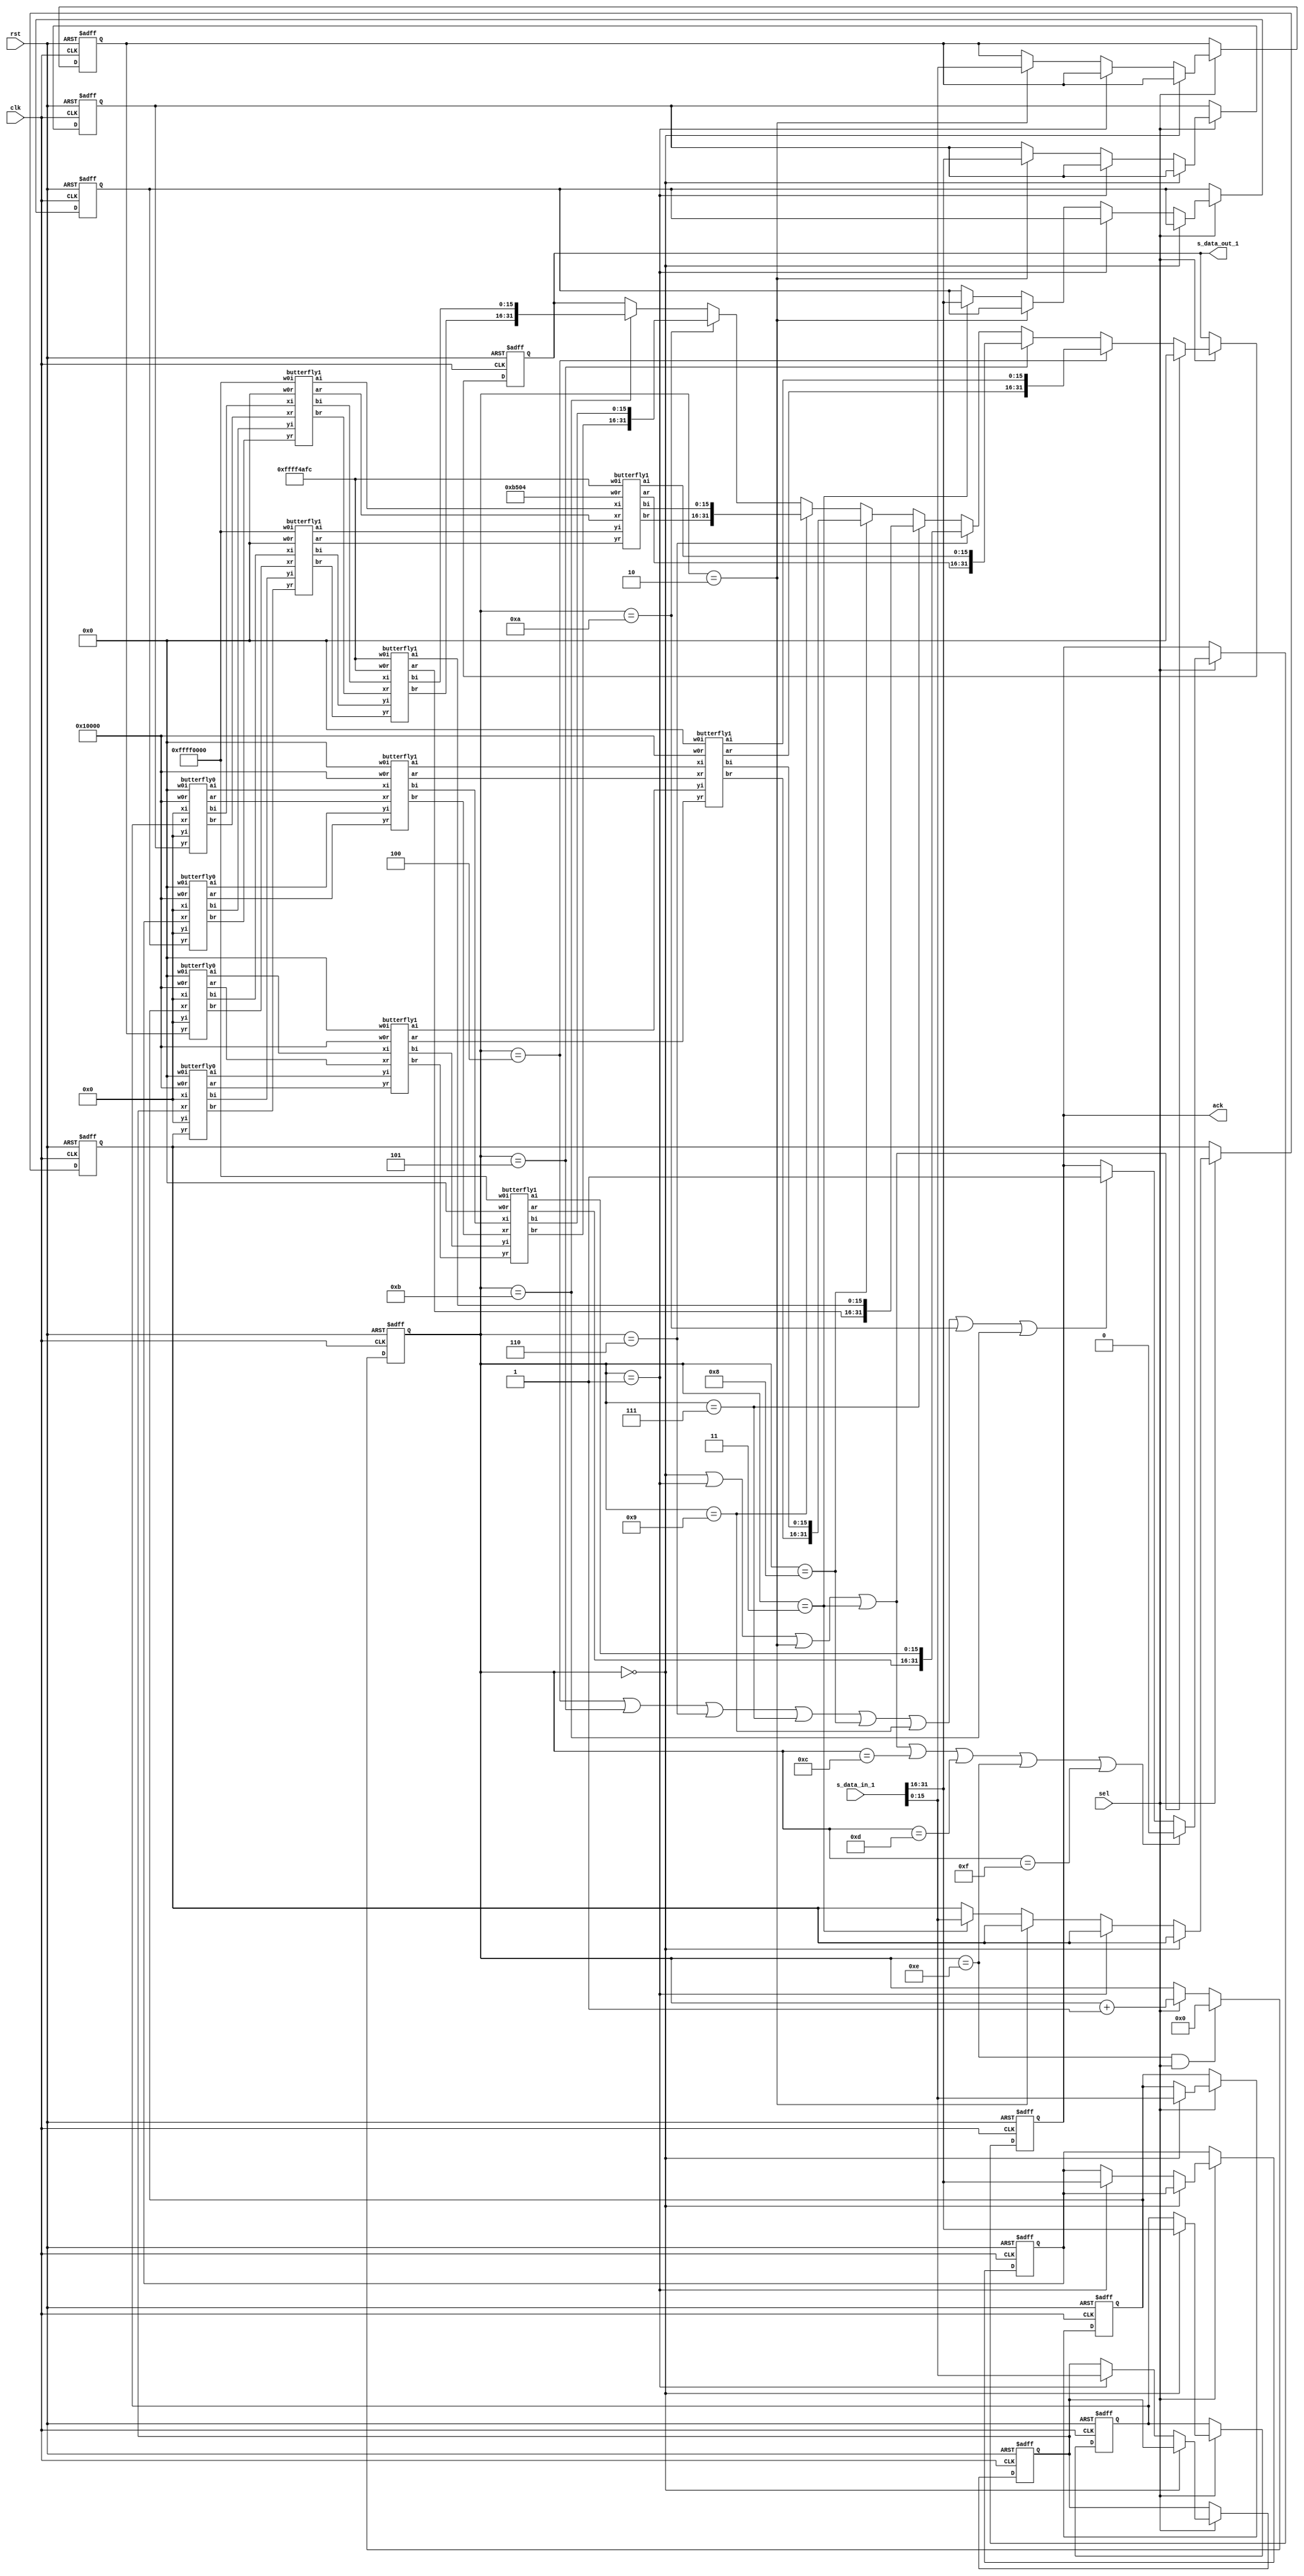
module slave_1(	clk,
				rst,
				sel,
				s_data_in_1,
				ack,
				s_data_out_1
				);

//---Input & output Port---//

input		clk;
input		rst;
input		sel;
input	[31:0]	s_data_in_1;
output		ack;
output 	[31:0] 	s_data_out_1;

///////////////
// parameter //
///////////////
parameter signed W0_I = 32'h00000000;  
parameter signed W1_I = 32'hFFFF4AFC;  
parameter signed W2_I = 32'hFFFF0000;  
parameter signed W3_I = 32'hFFFF4AFC;  
parameter signed W0_R = 32'h00010000; 
parameter signed W1_R = 32'h0000B504; 
parameter signed W2_R = 32'h00000000; 
parameter signed W3_R = 32'hFFFF4AFC; 

//---- Your design code---//
reg ack = 0; reg [31:0] s_data_out_1 = 32'd0 ;

reg [3:0] counter ;

reg    signed   [15:0]  reg_data0  , reg_data1 , reg_data2 , reg_data3  , reg_data4  , reg_data5  , reg_data6  , reg_data7  ;
wire   signed   [15:0] j0r , j1r , j2r , j3r , j4r , j5r , j6r , j7r ;
wire   signed   [15:0] j0i , j1i , j2i , j3i , j4i , j5i , j6i , j7i ;
wire   signed   [15:0] k0r , k1r , k2r , k3r , k4r , k5r , k6r , k7r ;
wire   signed   [15:0] k0i , k1i , k2i , k3i , k4i , k5i , k6i , k7i ;
wire   signed   [15:0] m0r , m1r , m2r , m3r , m4r , m5r , m6r , m7r ;
wire   signed   [15:0] m0i , m1i , m2i , m3i , m4i , m5i , m6i , m7i ;
reg    signed   [31:0] reg_fft0 = 32'd0 , reg_fft1 = 32'd0 , reg_fft2 = 32'd0 , reg_fft3 = 32'd0 , reg_fft4 = 32'd0 , reg_fft5 = 32'd0 , reg_fft6 = 32'd0 , reg_fft7 = 32'd0 ; 


	butterfly0 shit0(j0r,j0i,j1r,j1i,reg_data0,16'd0,reg_data4,16'd0,W0_R,W0_I);
	butterfly0 shit1(j2r,j2i,j3r,j3i,reg_data2,16'd0,reg_data6,16'd0,W0_R,W0_I);
	butterfly0 shit2(j4r,j4i,j5r,j5i,reg_data1,16'd0,reg_data5,16'd0,W0_R,W0_I);
	butterfly0 shit3(j6r,j6i,j7r,j7i,reg_data3,16'd0,reg_data7,16'd0,W0_R,W0_I);	

	butterfly1 pig0(k0r,k0i,k2r,k2i,j0r,j0i,j2r,j2i,W0_R,W0_I);
	butterfly1 pig1(k1r,k1i,k3r,k3i,j1r,j1i,j3r,j3i,W2_R,W2_I);
	butterfly1 pig2(k4r,k4i,k6r,k6i,j4r,j4i,j6r,j6i,W0_R,W0_I);
	butterfly1 pig3(k5r,k5i,k7r,k7i,j5r,j5i,j7r,j7i,W2_R,W2_I);

	butterfly1 kiwi0(m0r,m0i,m4r,m4i,k0r,k0i,k4r,k4i,W0_R,W0_I);
	butterfly1 kiwi1(m1r,m1i,m5r,m5i,k1r,k1i,k5r,k5i,W1_R,W1_I);
	butterfly1 kiwi2(m2r,m2i,m6r,m6i,k2r,k2i,k6r,k6i,W2_R,W2_I);
	butterfly1 kiwi3(m3r,m3i,m7r,m7i,k3r,k3i,k7r,k7i,W3_R,W3_I);

always@(posedge clk or posedge rst)
begin	
	if(rst)
		counter <= 4'd0;
	else if (counter == 4'd14 && sel==1)
		counter <= 4'd0;
	else if (sel==1)
		counter <= counter + 1 ;
end

always@(posedge clk or posedge rst)
begin

	if (rst)
		ack <= 0 ;
	else if (sel)
	begin
	if (counter==4'd0 || counter==4'd1 || counter==4'd2 || counter==4'd3 || counter==4'd12 || counter==4'd13 || counter==4'd14 || counter==4'd15)
		ack <= 0 ;
	else if (counter==4'd4 || counter==4'd5 || counter==4'd6 || counter==4'd7 || counter==4'd8 || counter==4'd9 || counter==4'd10 || counter==4'd11 )
		ack <= 1 ;
	end
end

always@(posedge clk or posedge rst)
begin

	if(rst)
		s_data_out_1 <= 32'd0 ;
	else if(sel)
	begin
	if (counter==4'd0 || counter==4'd1 || counter==4'd2 || counter==4'd3)
		s_data_out_1 <= 32'd0 ;
	else if (counter == 4'd4)
		s_data_out_1 <= reg_fft0 ;
	else if (counter == 4'd5)
		s_data_out_1 <= reg_fft1 ;	
	else if (counter == 4'd6)
		s_data_out_1 <= reg_fft2 ;
	else if (counter == 4'd7)
		s_data_out_1 <= reg_fft3 ;
	else if (counter == 4'd8)
		s_data_out_1 <= reg_fft4 ;
	else if (counter == 4'd9)
		s_data_out_1 <= reg_fft5 ;
	else if (counter == 4'd10)
		s_data_out_1 <= reg_fft6 ;
	else if (counter == 4'd11)
		s_data_out_1 <= reg_fft7 ;
	end
end

always@(posedge clk or posedge rst)
begin
	
	if(rst)
		begin reg_data0 <= 16'd0 ; reg_data1 <= 16'd0 ; reg_data2 <= 16'd0 ; reg_data3 <= 16'd0 ; reg_data4 <= 16'd0 ; reg_data5 <= 16'd0 ; reg_data6 <= 16'd0 ; reg_data7 <= 16'd0 ;  end 
	else if (sel)
	begin
	if (counter == 4'd0)
		begin reg_data0 <= s_data_in_1[31:16] ; reg_data1 <= s_data_in_1[15:0] ; end
	else if (counter == 4'd1)
		begin reg_data2 <= s_data_in_1[31:16] ; reg_data3 <= s_data_in_1[15:0] ; end
	else if (counter == 4'd2)
		begin reg_data4 <= s_data_in_1[31:16] ; reg_data5 <= s_data_in_1[15:0] ; end
	else if (counter == 4'd3)
		begin reg_data6 <= s_data_in_1[31:16] ; reg_data7 <= s_data_in_1[15:0] ; end
	end
end


always@(*)
begin
	 reg_fft0 = {m0r , m0i} ; reg_fft1 = {m1r , m1i} ; reg_fft2 = {m2r , m2i} ; reg_fft3 = {m3r , m3i} ;
	 reg_fft4 = {m4r , m4i} ; reg_fft5 = {m5r , m5i} ; reg_fft6 = {m6r , m6i} ; reg_fft7 = {m7r , m7i} ;
end


	
endmodule


module butterfly0 (ar,ai,br,bi,xr,xi,yr,yi,w0r,w0i);

input     signed    [15:0]   xr ,yr ,xi ,yi ;
input     signed    [31:0]   w0r , w0i ;
output    signed    [15:0]   ar ,ai ,br ,bi  ;

assign ar = xr + yr ;
assign ai = xi ;
assign br = xr - yr ;
assign bi = xi ;

endmodule

module butterfly1 (ar,ai,br,bi,xr,xi,yr,yi,w0r,w0i);

input    signed   [15:0]   xr ,xi ,yr ,yi  ;
input	 signed   [31:0]   w0r,w0i;
output   signed   [15:0]   ar ,ai ,br ,bi ;
wire     signed   [47:0]   dick_re1 , dick_im1 , dick_re2 , dick_im2 ;
wire	 signed	  [47:0]   far ,fai ,fbr ,fbi ;

assign dick_re1 = yr * w0r ;
assign dick_re2 = yi * w0i ;
assign dick_im1 = yr * w0i ;
assign dick_im2 = yi * w0r ;
assign    far    = (xr<<16) + dick_re1 - dick_re2 ;
assign    fai    = (xi<<16) + dick_im1 + dick_im2 ;
assign    fbr    = (xr<<16) - dick_re1 + dick_re2 ;
assign    fbi    = (xi<<16) - dick_im1 - dick_im2 ;
assign   ar     = far[31:16];
assign   ai     = fai[31:16];
assign   br     = fbr[31:16];
assign   bi     = fbi[31:16];

endmodule